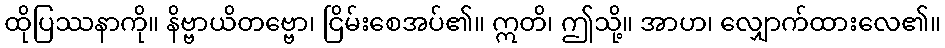
ထိုပြဿနာကို။ နိဗ္ဗာယိတဗ္ဗော၊ ငြိမ်းစေအပ်၏။ ဣတိ၊ ဤသို့။ အာဟ၊ လျှောက်ထားလေ၏။